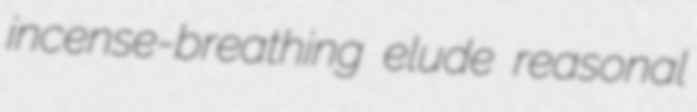
incense-breathing elude reasonal